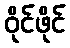
ဝိုင်ဖိုင်